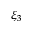
\xi _ { 3 }